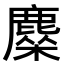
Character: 𬸿